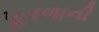
પૂતળાની